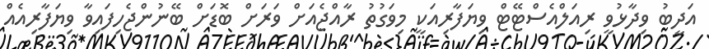
އަދީބު ވިދާޅުވީ ރިއަލްއެސްޓޭޓް ވިިޔަފާރިއަކީ މިވަގުުތު ރާއްޖެއަށް ވަރަށް ބޮޑަށް ބޭނުންޖެހިފައިވާ ވިޔަފާރިއެއް